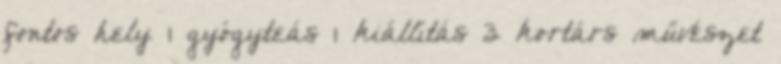
fontos hely 1 gyógyteás 1 kiállítás 3 kortárs művészet